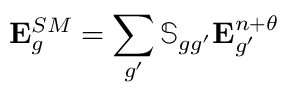
\mathbf { E } _ { g } ^ { S M } = \sum _ { g ^ { \prime } } \mathbb { S } _ { g g ^ { \prime } } \mathbf { E } _ { g ^ { \prime } } ^ { n + \theta }